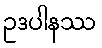
ဥဒပါနဿ